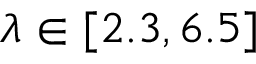
\lambda \in [ 2 . 3 , 6 . 5 ]